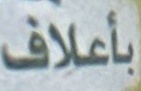
بأعلاف